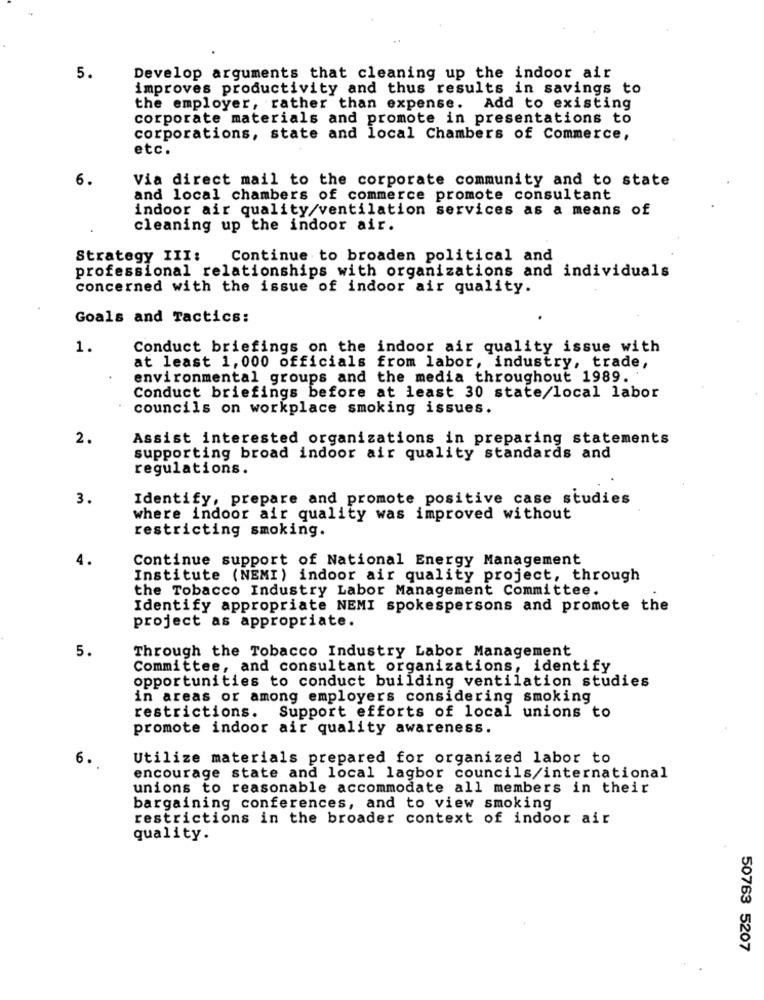
5.
Develop arguments that cleaning up the indoor air
improves productivity and thus results in savings to
the employer, rather than expense. Add to existing
corporate materials and promote in presentations to
corporations, state and local Chambers of Commerce,
etc.
6.
Via direct mail to the corporate community and to state
and local chambers of commerce promote consultant
indoor air quality/ventilation services as a means of
cleaning up the indoor air.
Strategy III:
Continue to broaden political and
professional relationships with organizations and individuals
concerned with the issue of indoor air quality.
Goals and Tactics:
1.
Conduct briefings on the indoor air quality issue with
at least 1, 000 officials from labor, industry, trade,
environmental groups and the media throughout 1989.
Conduct briefings before at least 30 state/local labor
councils on workplace smoking issues.
2.
Assist interested organizations in preparing statements
supporting broad indoor air quality standards and
regulations.
3.
Identify, prepare and promote positive case studies
where indoor air quality was improved without
restricting smoking.
4.
Continue support of National Energy Management
Institute (NEMI) indoor air quality project, through
the Tobacco Industry Labor Management Committee.
Identify appropriate NEMI spokespersons and promote the
project as appropriate.
5.
Through the Tobacco Industry Labor Management
Committee, and consultant organizations, identify
opportunities to conduct building ventilation studies
in areas or among employers considering smoking
restrictions. Support efforts of local unions to
promote indoor air quality awareness.
6.
Utilize materials prepared for organized labor to
encourage state and local lagbor councils/international
unions to reasonable accommodate all members in their
bargaining conferences, and to view smoking
restrictions in the broader context of indoor air
quality.
50763 5207